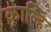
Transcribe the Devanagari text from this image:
काल्हि